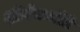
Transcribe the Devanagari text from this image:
शीर्षकमोटे